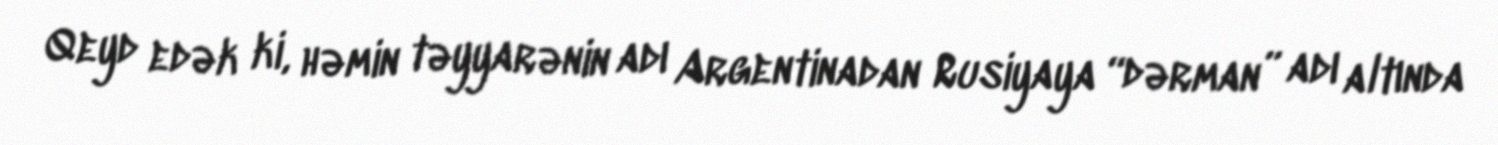
Qeyd edək ki, həmin təyyarənin adı Argentinadan Rusiyaya “dərman” adı altında